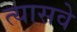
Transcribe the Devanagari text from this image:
त्यासवे